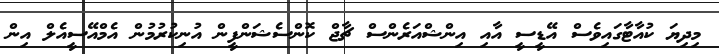
މިދިޔަ ކުއާޓާގައިވެސް އޭޑީސީ އާއި އިންޝްއަރެންސް ޗާޖް ކޮންސެޝަންފީން އުނިކުރުމުން އެމްއޭސީއެލް އިން